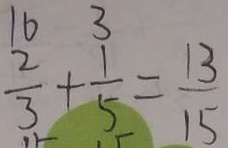
\frac { 2 } { 3 } + \frac { 1 } { 5 } = \frac { 1 3 } { 1 5 }